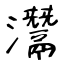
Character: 灊